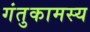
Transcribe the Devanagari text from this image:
गंतुकामस्य